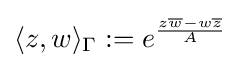
\langle z,w\rangle _{\Gamma }:=e^{\frac {z{\overline {w}}-w{\overline {z}}}{A}}